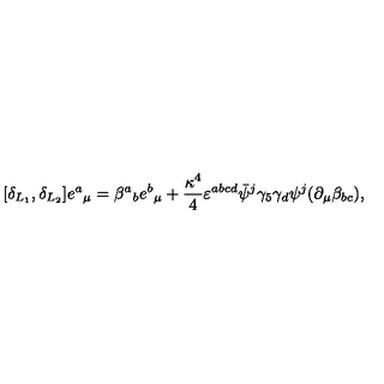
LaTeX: [ \delta _ { L _ { 1 } } , \delta _ { L _ { 2 } } ] e { ^ a } _ { \mu } = \beta { ^ a } _ { b } e { ^ b } _ { \mu } + { \frac { \kappa ^ { 4 } } { 4 } } \varepsilon ^ { a b c d } \bar { \psi } { ^ j } \gamma _ { 5 } \gamma _ { d } \psi { ^ j } ( \partial _ { \mu } \beta _ { b c } ) ,